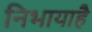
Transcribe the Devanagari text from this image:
निभायाहै